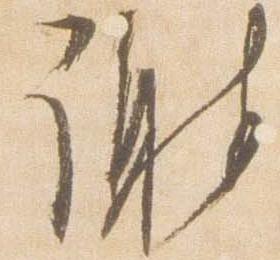
謝